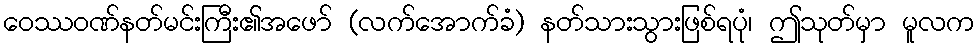
ဝေဿဝဏ်နတ်မင်းကြီး၏အဖော် (လက်အောက်ခံ) နတ်သားသွားဖြစ်ရပုံ၊ ဤသုတ်မှာ မူလက